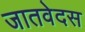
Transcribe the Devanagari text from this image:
जातवेदस